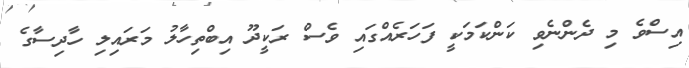
އިސްވެ މި ދެންނެވި ކަންކަމަކީ ފަހަރެއްގައި ވެސް ރަކީދޫ އިބްތިހާލު މަރައިލި ހާދިސާގެ